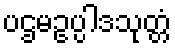
ပဌမဥပ္ပါဒသုတ္တံ